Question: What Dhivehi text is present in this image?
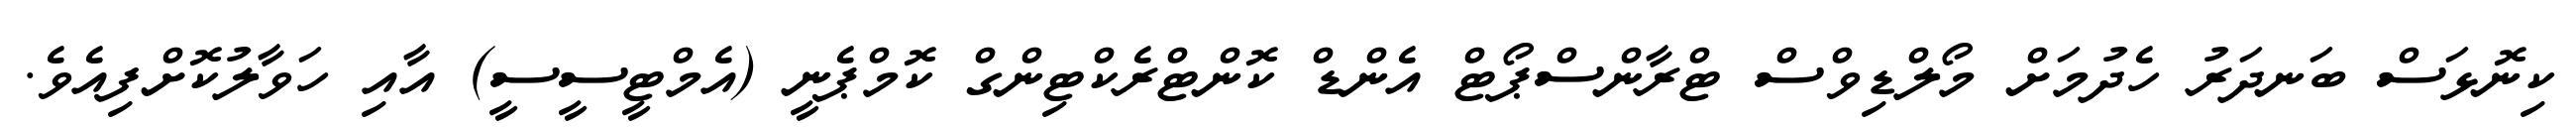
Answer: ކިނޮޅަސް ބަނދަރު ހެދުމަށް މޯލްޑިވްސް ޓްރާންސްޕޯޓް އެންޑް ކޮންޓްރެކްޓިންގް ކޮމްޕެނީ (އެމްޓީސީސީ) އާއި ހަވާލުކޮށްފިއެވެ.